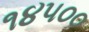
૧૪૫૦૦